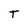
Character: T